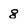
Character: g